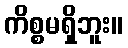
ကိစ္စမရှိဘူး။